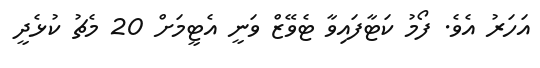
އަހަރު އެވެ. ފޯމު ކަޓާފައިވާ ޓެވޭޒް ވަނީ އެޓީމަށް 20 މެޗު ކުޅެދީ